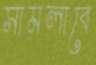
সামলাবে